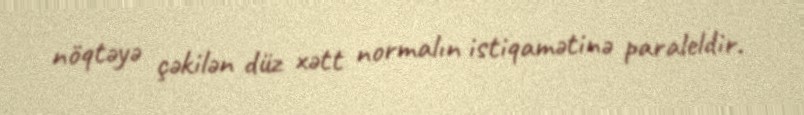
nöqtəyə çəkilən düz xətt normalın istiqamətinə paraleldir.